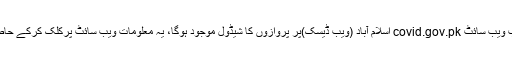
ذرائع کے مطابق اب ویب سائٹ covid.gov.pk اسلام آباد (ویب ڈیسک)پر پروازوں کا شیڈول موجود ہوگا، یہ معلومات ویب سائٹ پرکلک کرکے حاصل کی جاسکتی ہیں۔